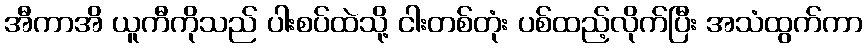
အီကာအိ ယူကီကိုသည် ပါးစပ်ထဲသို့ ငါးတစ်တုံး ပစ်ထည့်လိုက်ပြီး အသံထွက်ကာ